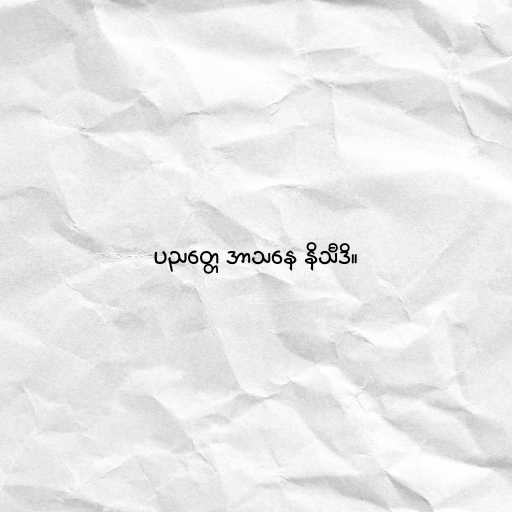
ပညတ္တေ အာသနေ နိသီဒိ။